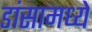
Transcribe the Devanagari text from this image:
डांसामध्ये